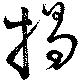
掲